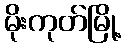
မိုးကုတ်မြို့